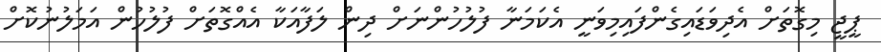
ޕީޖީ މިގޮތަށް އެދިވަޑައިގެންފައިމިވަނީ އެކަމަނާ ފުލުހުންނަށް ދިން ލަފާއަކާ އެއްގޮތަށް ފުލުހުން އަމަލުނުކޮށް